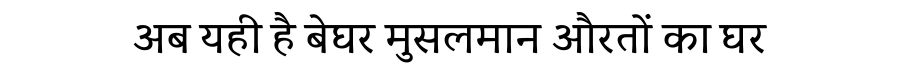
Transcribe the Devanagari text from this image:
अब यही है बेघर मुसलमान औरतों का घर